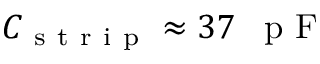
{ C _ { \mathrm { ~ s ~ t ~ r ~ i ~ p ~ } } \approx 3 7 \mathrm { ~ \, ~ p ~ F ~ } }